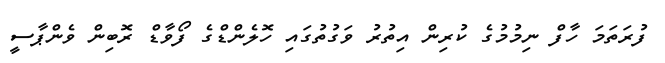
ފުރަތަމަ ހާފް ނިމުމުގެ ކުރިން އިތުރު ވަގުތުގައި ހޮލެންޑްގެ ފޯވާޑް ރޮބިން ވެންޕާސީ